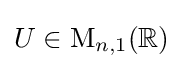
U\in \mathrm {M} _{n,1}(\mathbb {R} )